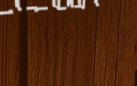
مطعم المأكولات البحرية ال